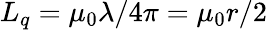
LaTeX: L_{q}=\mu_{0}\lambda/4\pi=\mu_{0}r/2